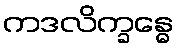
ကဒလိက္ခန္ဓေ